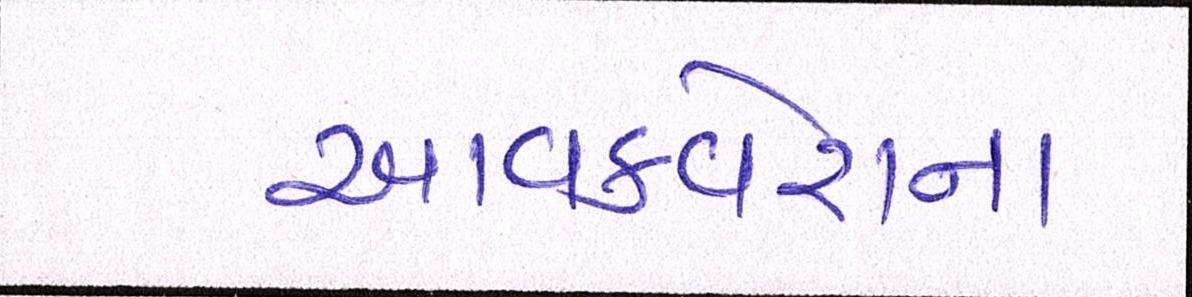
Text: આવકવેરાના